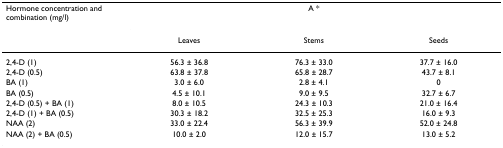
<table><thead><tr><td><b>Hormone concentration and combination (mg/l)</b></td><td colspan="3"><b>A *</b></td></tr><tr><td></td><td><b>Leaves</b></td><td><b>Stems</b></td><td><b>Seeds</b></td></tr></thead><tbody><tr><td>2,4-D (1)</td><td>56.3 ± 36.8</td><td>76.3 ± 33.0</td><td>37.7 ± 16.0</td></tr><tr><td>2,4-D (0.5)</td><td>63.8 ± 37.8</td><td>65.8 ± 28.7</td><td>43.7 ± 8.1</td></tr><tr><td>BA (1)</td><td>3.0 ± 6.0</td><td>2.8 ± 4.1</td><td>0</td></tr><tr><td>BA (0.5)</td><td>4.5 ± 10.1</td><td>9.0 ± 9.5</td><td>32.7 ± 6.7</td></tr><tr><td>2,4-D (0.5) + BA (1)</td><td>8.0 ± 10.5</td><td>24.3 ± 10.3</td><td>21.0 ± 16.4</td></tr><tr><td>2,4-D (1) + BA (0.5)</td><td>30.3 ± 18.2</td><td>32.5 ± 25.3</td><td>16.0 ± 9.3</td></tr><tr><td>NAA (2)</td><td>33.0 ± 22.4</td><td>56.3 ± 39.9</td><td>52.0 ± 24.8</td></tr><tr><td>NAA (2) + BA (0.5)</td><td>10.0 ± 2.0</td><td>12.0 ± 15.7</td><td>13.0 ± 5.2</td></tr></tbody></table>